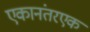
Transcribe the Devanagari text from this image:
एकानंतरएक